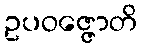
ဥပဝဇ္ဇောတိ